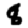
Digit: 8